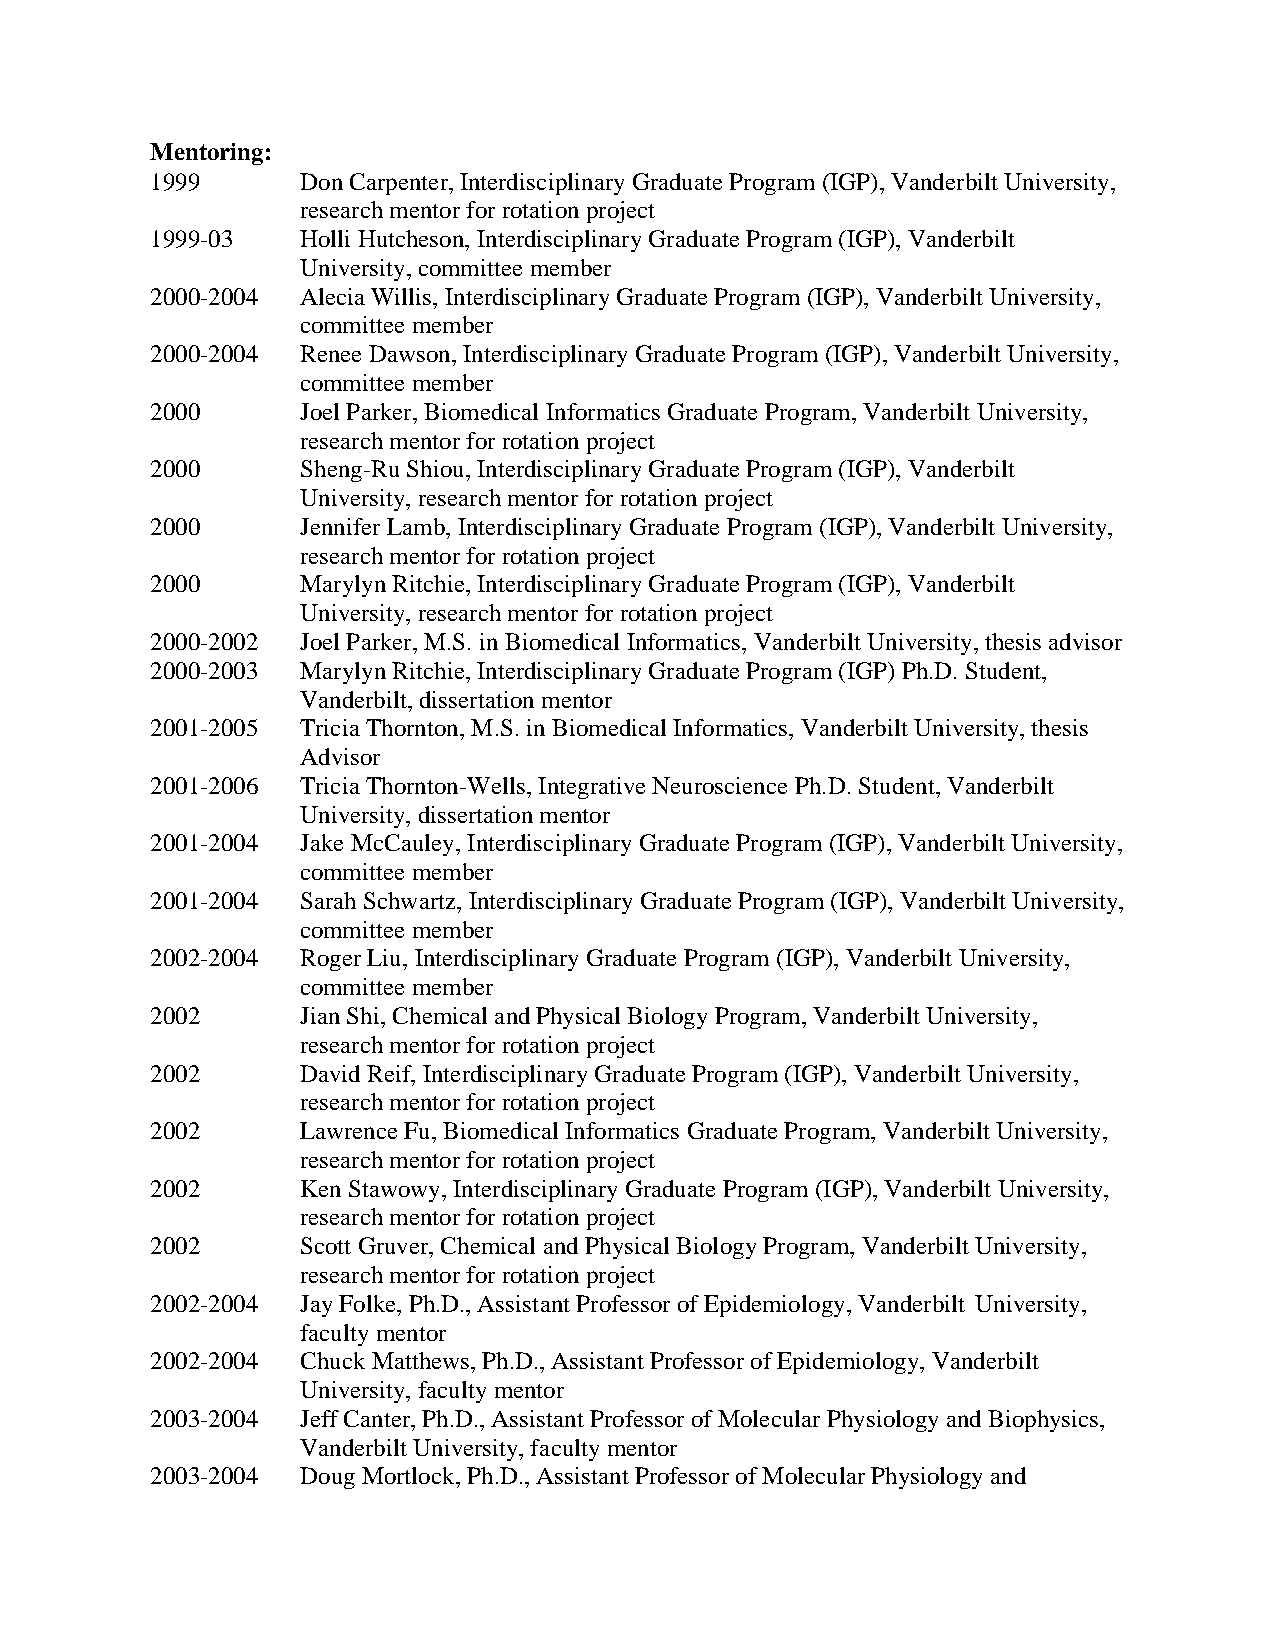
Mentoring:
 1999      Don Carpenter, Interdisciplinary Graduate Program (IGP), Vanderbilt University,
 research mentor for rotation project
 1999-03   Holli Hutcheson, Interdisciplinary Graduate Program (IGP), Vanderbilt
 University, committee member
 2000-2004 Alecia Willis, Interdisciplinary Graduate Program (IGP), Vanderbilt University,
 committee member
 2000-2004 Renee Dawson, Interdisciplinary Graduate Program (IGP), Vanderbilt University,
 committee member
 2000      Joel Parker, Biomedical Informatics Graduate Program, Vanderbilt University,
 research mentor for rotation project
 2000      Sheng-Ru Shiou, Interdisciplinary Graduate Program (IGP), Vanderbilt
 University, research mentor for rotation project
 2000      Jennifer Lamb, Interdisciplinary Graduate Program (IGP), Vanderbilt University,
 research mentor for rotation project
 2000      Marylyn Ritchie, Interdisciplinary Graduate Program (IGP), Vanderbilt
 University, research mentor for rotation project
 2000-2002 Joel Parker, M.S. in Biomedical Informatics, Vanderbilt University, thesis advisor
 2000-2003 Marylyn Ritchie, Interdisciplinary Graduate Program (IGP) Ph.D. Student,
 Vanderbilt, dissertation mentor
 2001-2005 Tricia Thornton, M.S. in Biomedical Informatics, Vanderbilt University, thesis
 Advisor
 2001-2006 Tricia Thornton-Wells, Integrative Neuroscience Ph.D. Student, Vanderbilt
 University, dissertation mentor
 2001-2004 Jake McCauley, Interdisciplinary Graduate Program (IGP), Vanderbilt University,
 committee member
 2001-2004 Sarah Schwartz, Interdisciplinary Graduate Program (IGP), Vanderbilt University,
 committee member
 2002-2004 Roger Liu, Interdisciplinary Graduate Program (IGP), Vanderbilt University,
 committee member
 2002      Jian Shi, Chemical and Physical Biology Program, Vanderbilt University,
 research mentor for rotation project
 2002      David Reif, Interdisciplinary Graduate Program (IGP), Vanderbilt University,
 research mentor for rotation project
 2002      Lawrence Fu, Biomedical Informatics Graduate Program, Vanderbilt University,
 research mentor for rotation project
 2002      Ken Stawowy, Interdisciplinary Graduate Program (IGP), Vanderbilt University,
 research mentor for rotation project
 2002      Scott Gruver, Chemical and Physical Biology Program, Vanderbilt University,
 research mentor for rotation project
 2002-2004 Jay Folke, Ph.D., Assistant Professor of Epidemiology, Vanderbilt University,
 faculty mentor
 2002-2004 Chuck Matthews, Ph.D., Assistant Professor of Epidemiology, Vanderbilt
 University, faculty mentor
 2003-2004 Jeff Canter, Ph.D., Assistant Professor of Molecular Physiology and Biophysics,
 Vanderbilt University, faculty mentor
 2003-2004 Doug Mortlock, Ph.D., Assistant Professor of Molecular Physiology and